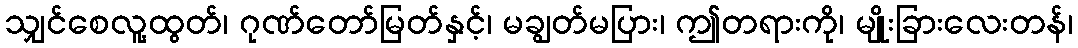
သျှင်စေလူ့ထွတ်၊ ဂုဏ်တော်မြတ်နှင့်၊ မချွတ်မပြား၊ ဤတရားကို၊ မျိုးခြားလေးတန်၊